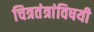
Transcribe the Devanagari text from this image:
चित्रतंत्रांविषयी